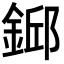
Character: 𨨎